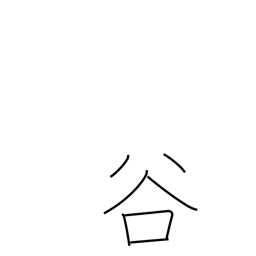
Meaning: valley